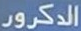
الدكرور